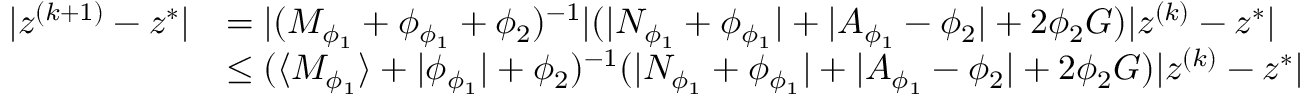
\begin{array} { r l } { \lvert z ^ { ( k + 1 ) } - z ^ { * } \rvert } & { = \lvert ( M _ { \phi _ { 1 } } + \phi _ { \phi _ { 1 } } + \phi _ { 2 } ) ^ { - 1 } \rvert ( \lvert N _ { \phi _ { 1 } } + \phi _ { \phi _ { 1 } } \rvert + \lvert A _ { \phi _ { 1 } } - \phi _ { 2 } \rvert + 2 \phi _ { 2 } G ) \lvert z ^ { ( k ) } - z ^ { * } \rvert } \\ & { \leq ( \langle M _ { \phi _ { 1 } } \rangle + \lvert \phi _ { \phi _ { 1 } } \rvert + \phi _ { 2 } ) ^ { - 1 } ( \lvert N _ { \phi _ { 1 } } + \phi _ { \phi _ { 1 } } \rvert + \lvert A _ { \phi _ { 1 } } - \phi _ { 2 } \rvert + 2 \phi _ { 2 } G ) \lvert z ^ { ( k ) } - z ^ { * } \rvert } \end{array}